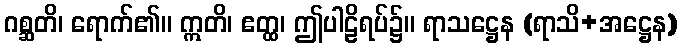
ဂစ္ဆတိ၊ ရောက်၏။ ဣတိ၊ ဧတ္ထ၊ ဤပါဠိရပ်၌။ ရာသဋ္ဌေန (ရာသိ+အဋ္ဌေန)